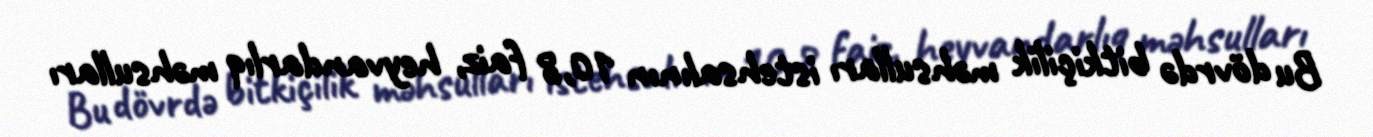
Bu dövrdə bitkiçilik məhsulları istehsalının 10,8 faiz, heyvandarlıq məhsulları